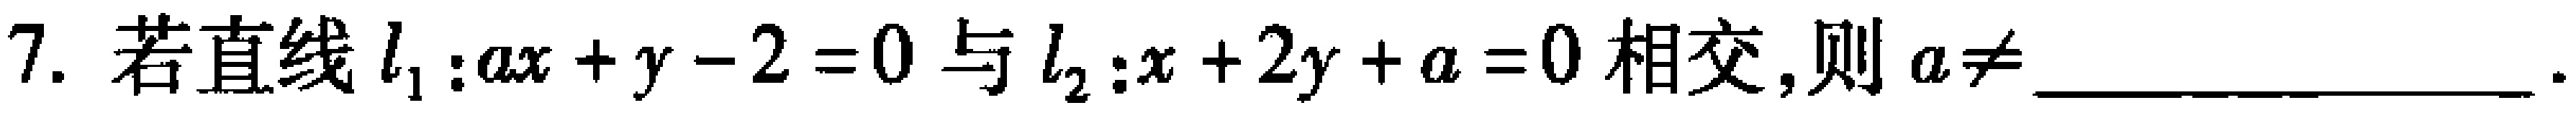
7. 若直线$l_{1}:ax + y - 2 = 0$与$l_{2}:x + 2y + a = 0$相交,则$a\neq$ ____________.